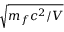
\sqrt { m _ { f } c ^ { 2 } / V }